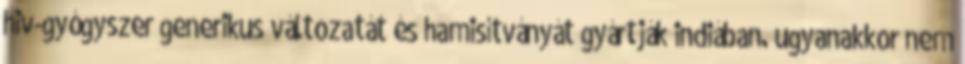
hiv-gyógyszer generikus változatát és hamisítványát gyártják indiában. ugyanakkor nem